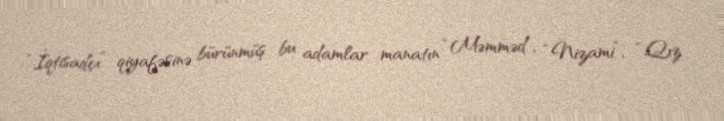
“İqtisadçı” qiyafəsinə bürünmüş bu adamlar manatın “Məmməd”, “Nizami”, “Qız